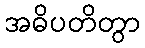
အဓိပတိတွာ